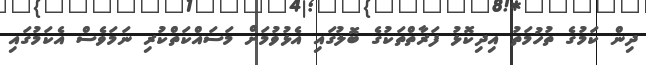
ދިން ކަމުގެ ތުހުމަތު އިދިކޮޅު ފަރާތްތަކުގެ ބޮލުގައި އެޅުވުމަށް މަސައްކަތްކުރި ނަމަވެސް އެކަމުގައި